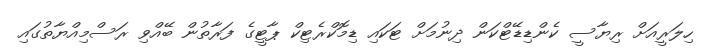
ހިލަރީއަށް ރިޔާސީ ކެންޑިޑޭޓްކަން ދިނުމަށް ޓަކައި ޑިމޮކްރެޓިކް ޕާޓީގެ ފަރާތުން ބޭއްވި ރަސްމިއްޔާތުގައި